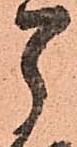
了